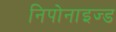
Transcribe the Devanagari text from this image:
निपोनाइज्ड